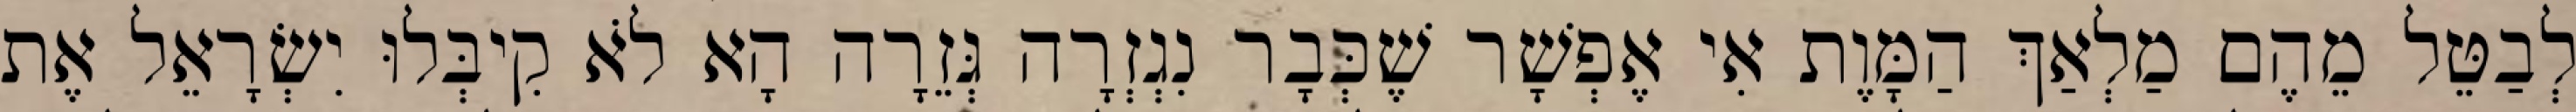
לְבַטֵּל מֵהֶם מַלְאַךְ הַמָּוֶת אִי אֶפְשָׁר שֶׁכְּבָר נִגְזְרָה גְּזֵרָה הָא לֹא קִיבְּלוּ יִשְׂרָאֵל אֶת